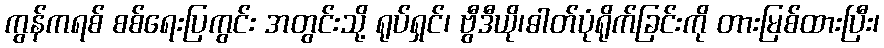
ကွန်ကရစ် စစ်ရေးပြကွင်း အတွင်းသို့ ရုပ်ရှင်၊ ဗွီဒီယို၊ဓါတ်ပုံရိုက်ခြင်းကို တားမြစ်ထားပြီး၊